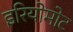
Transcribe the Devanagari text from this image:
इरियोमोट